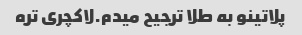
پلاتینو به طلا ترجیح میدم.لاکچری تره